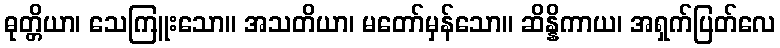
ဓုတ္တိယာ၊ သေကြူးသော။ အသတိယာ၊ မတော်မှန်သော။ ဆိန္နိကာယ၊ အရှက်ပြတ်လေ